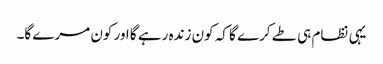
یہی نظام ہی طے کرے گا کہ کون زندہ رہے گا اور کون مرے گا۔